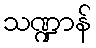
သဏ္ဍာန်